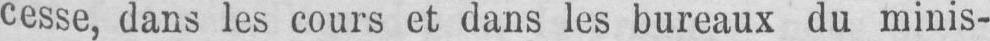
cesse, dans les cours et dans les bureaux du minis-